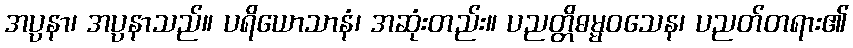
အပ္ပနာ၊ အပ္ပနာသည်။ ပရိယောသာနံ၊ အဆုံးတည်း။ ပညတ္တိဓမ္မဝသေန၊ ပညတ်တရား၏